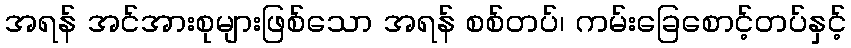
အရန် အင်အားစုများဖြစ်သော အရန် စစ်တပ်၊ ကမ်းခြေစောင့်တပ်နှင့်